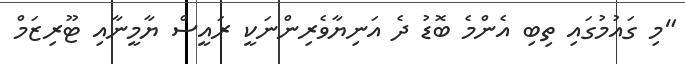
"މި ގައުމުގައި ތިބި އެންމެ ބޮޑު ދެ އަނިޔާވެރިންނަކީ ރައީސް ޔާމީނާއި ޓޫރިޒަމް